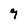
Character: 9